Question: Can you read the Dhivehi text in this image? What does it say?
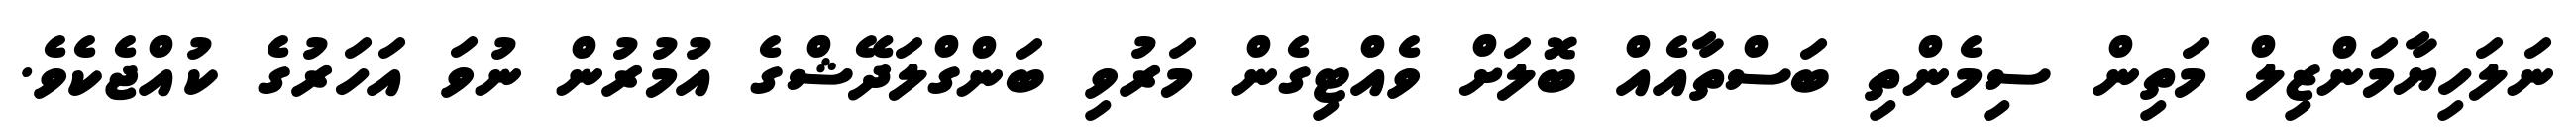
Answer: ނަލަހިޔާމަންޒިލް މަތިން ސިމެންތި ބަސްތާއެއް ބޮލަށް ވެއްޓިގެން މަރުވި ބަންގްލަދޭޝްގެ އުމުރުން ނުވަ އަހަރުގެ ކުއްޖެކެވެ.